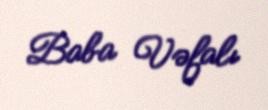
Baba Vəfalı